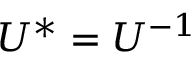
U ^ { * } = U ^ { - 1 }